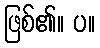
ဖြစ်၏။ ပ။